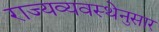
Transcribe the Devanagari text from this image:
राज्यव्यवस्थेनुसार